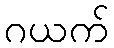
ဂယက်